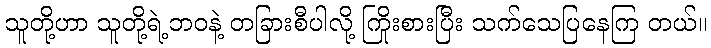
သူတို့ဟာ သူတို့ရဲ့ဘဝနဲ့ တခြားစီပါလို့ ကြိုးစားပြီး သက်သေပြနေကြ တယ်။